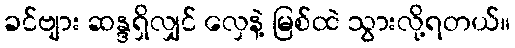
ခင်ဗျား ဆန္ဒရှိလျှင် လှေနဲ့ မြစ်ထဲ သွားလို့ရတယ်။